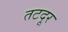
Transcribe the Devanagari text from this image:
तटदूर